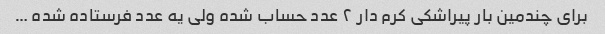
برای چندمین بار پیراشکی کرم دار ٢ عدد حساب شده ولی یه عدد فرستاده شده …